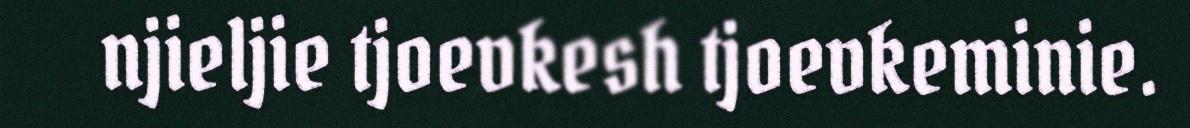
njieljie tjoevkesh tjoevkeminie.